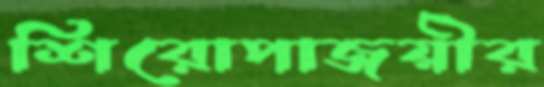
শিরোপাজয়ীর